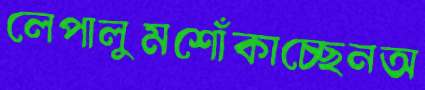
লেপালুমশোঁকাচ্ছেনঅ